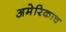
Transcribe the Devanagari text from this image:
अमेरिकाच